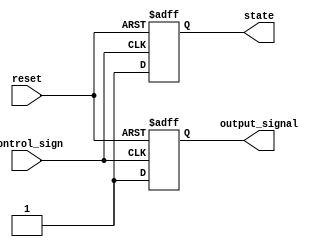
module Disable (
    input wire control_sign,   // Control signal to enable/disable the block
    input wire reset,          // Reset signal to return to enabled state
    output reg state,          // Internal state: 1 = enabled, 0 = disabled
    output reg output_signal    // Output signal controlled by the state
);

// Initial state
initial begin
    state = 1'b1;             // Block is enabled initially
    output_signal = 1'b0;     // Initial output signal
end

// Monitor control signal and reset
always @(posedge reset or posedge control_sign) begin
    if (reset) begin
        state <= 1'b1;        // Reset to enabled state
        output_signal <= 1'b0; // Output should be inactive on reset
    end else if (control_sign) begin
        state <= 1'b1;        // Enable the block
        // Perform normal operations here
        output_signal <= 1'b1; // Example operation output when enabled
    end else begin
        state <= 1'b0;        // Disable the block
        output_signal <= 1'b0; // No output when disabled
    end
end

endmodule